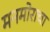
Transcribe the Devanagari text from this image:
मनमोराचा